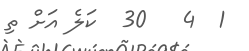
1  4   30  ކަލެ އަށް ތި